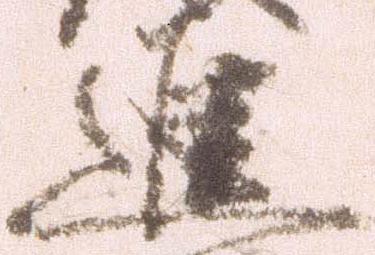
進